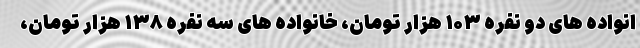
انواده های دو نفره ۱۰۳ هزار تومان، خانواده های سه نفره ۱۳۸ هزار تومان،